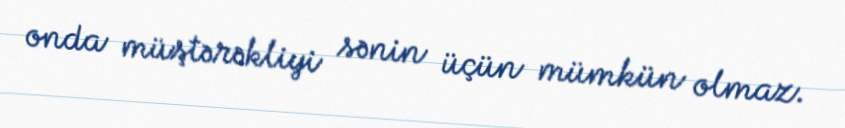
onda müştərəkliyi sənin üçün mümkün olmaz.